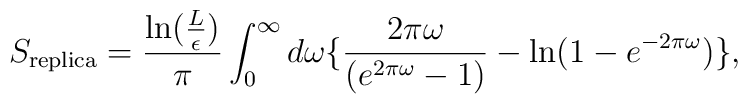
S_{{\rm replica}} = {{\rm ln}({L\over\epsilon})\over\pi}\int_0^\infty d\omega\{{2\pi\omega\over(e^{2\pi\omega}-1)}-{\rm ln}(1-e^{-2\pi\omega})\},